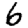
Digit: 6